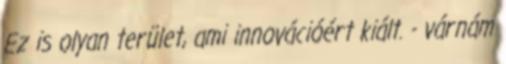
Ez is olyan terület, ami innovációért kiált. - várnám